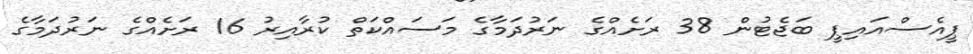
ޕީއެސްއައިޕީ ބަޖެޓުން 38 ރަށެއްގެ ނަރުދަމާގެ މަސައްކަތް ކުރާއިރު 16 ރަށެއްގެ ނަރުދަމާގެ